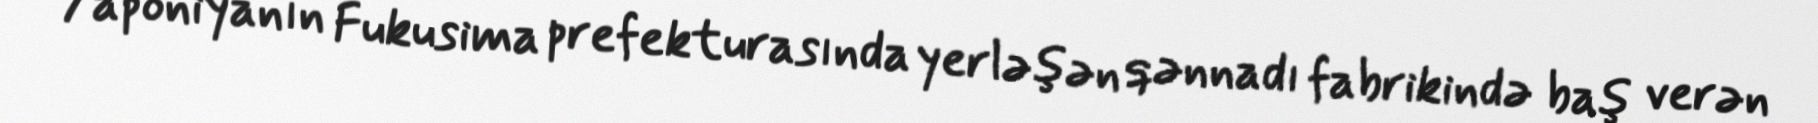
Yaponiyanın Fukusima prefekturasında yerləşən qənnadı fabrikində baş verən